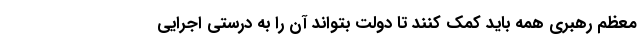
معظم رهبری همه باید کمک کنند تا دولت بتواند آن را به درستی اجرایی